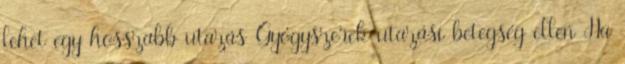
lehet egy hosszabb utazás Gyógyszerek utazási betegség ellen Ha